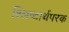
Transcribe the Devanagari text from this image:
श्लिष्टार्थपरक